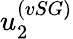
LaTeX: u_{2}^{(vSG)}